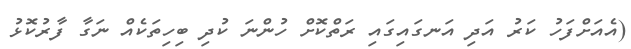
(އެއަށްފަހު ކަރު އަދި އަނގައިގައި ރަތްކޮށް ހުންނަ ކުދި ބިހިތަކެއް ނަގާ ފާރުކޮޅު